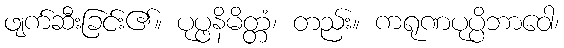
ဖျက်ဆီးခြင်း၏။ ပုပ္ဖနိမိတ္တံ၊ တည်း။ ကရုဏပုပ္ပိဘာဝေါ၊